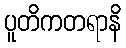
ပူတိကတရာနိ